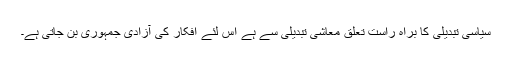
سیاسی تبدیلی کا براہِ راست تعلق معاشی تبدیلی سے ہے اس لئے افکار کی آزادی جمہوری بن جاتی ہے۔